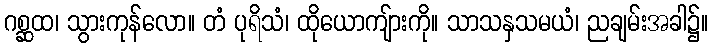
ဂစ္ဆထ၊ သွားကုန်လော။ တံ ပုရိသံ၊ ထိုယောကျ်ားကို။ သာသနှသမယံ၊ ညချမ်းအခါ၌။